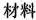
材料